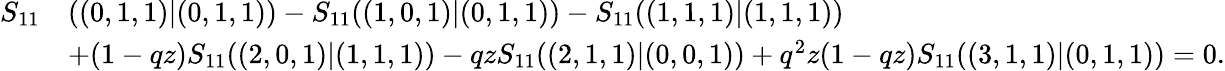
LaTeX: \begin{array}{rl}{S_{11}}&{((0,1,1)|(0,1,1))-S_{11}((1,0,1)|(0,1,1))-S_{11}((1,1,1)|(1,1,1))}\\ &{+(1-qz)S_{11}((2,0,1)|(1,1,1))-qzS_{11}((2,1,1)|(0,0,1))+q^{2}z(1-qz)S_{11}((3,1,1)|(0,1,1))=0.}\end{array}